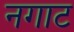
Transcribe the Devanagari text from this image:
नगाट